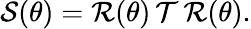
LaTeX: \mathcal{S}(\theta)=\mathcal{R}(\theta)\, \mathcal{T}\, \mathcal{R}(\theta).